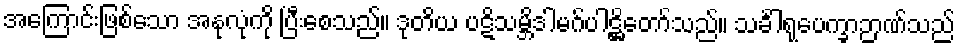
အကြောင်းဖြစ်သော အနုလုံကို ပြီးစေသည်။ ဒုတိယ ပဋိသမ္ဘိဒါမဂ်ပါဋ္ဌိတော်သည်။ သင်္ခါရုပေက္ခာဉာဏ်သည်